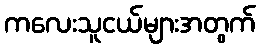
ကလေးသူငယ်များအတွက်